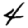
Digit: 4